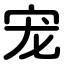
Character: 宠